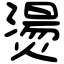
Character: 燙